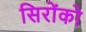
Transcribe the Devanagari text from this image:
सिरोंको